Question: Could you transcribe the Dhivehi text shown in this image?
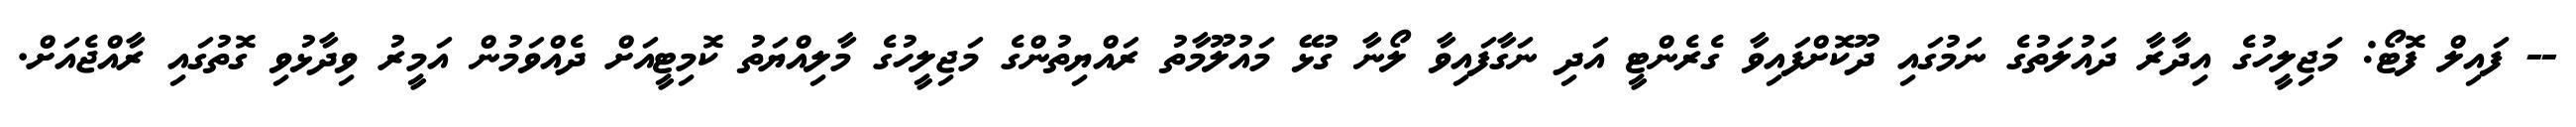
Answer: -- ފައިލް ފޮޓޯ: މަޖިލީހުގެ އިދާރާ ދައުލަތުގެ ނަމުގައި ދޫކޮށްފައިވާ ގެރެންޓީ އަދި ނަގާފައިވާ ލޯނާ ގުޅޭ މައުލޫމާތު ރައްޔިތުންގެ މަޖިލީހުގެ މާލިއްޔަތު ކޮމިޓީއަށް ދެއްވަމުން އަމީރު ވިދާޅުވި ގޮތުގައި ރާއްޖެއަށް.